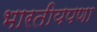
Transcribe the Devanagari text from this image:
भारतीयपणा